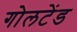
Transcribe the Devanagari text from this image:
गोलटेंड